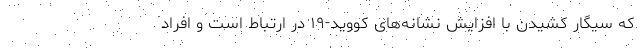
که سیگار کشیدن با افزایش نشانه‌های کووید-۱۹ در ارتباط است و افراد